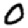
Digit: 0